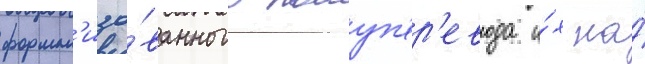
формал'изо́ванного полуп'ер'евода и́х на́